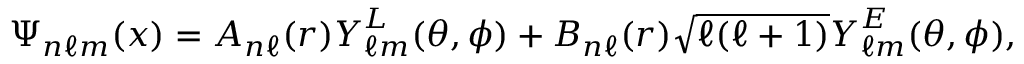
\boldsymbol { \Psi } _ { n \ell m } ( \boldsymbol { x } ) = A _ { n \ell } ( r ) \boldsymbol { Y } _ { \ell m } ^ { L } ( \theta , \phi ) + B _ { n \ell } ( r ) \sqrt { \ell ( \ell + 1 ) } \boldsymbol { Y } _ { \ell m } ^ { E } ( \theta , \phi ) ,